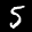
Label: 5